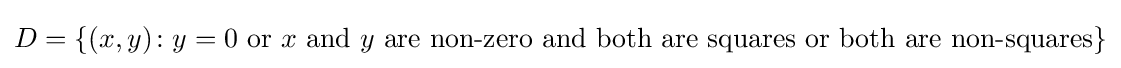
D=\{(x,y)\colon y=0{\text{ or }}x{\text{ and }}y{\text{ are non-zero and both are squares or both are non-squares}}\}